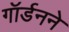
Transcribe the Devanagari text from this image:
गॉर्डनने